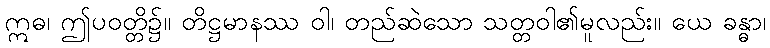
ဣဓ၊ ဤပဝတ္တိ၌။ တိဋ္ဌမာနဿ ဝါ၊ တည်ဆဲသော သတ္တဝါ၏မူလည်း။ ယေ ခန္ဓာ၊